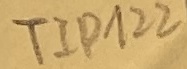
Text: TIP122